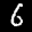
Label: 6